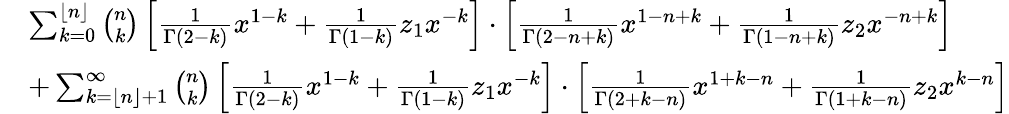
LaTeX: \begin{array}{rl}&{\sum_{k=0}^{\lfloor n\rfloor}\binom{n}{k}\left[\frac{1}{\Gamma(2-k)}x^{1-k}+\frac{1}{\Gamma(1-k)}z_{1}x^{-k}\right]\cdot\left[\frac{1}{\Gamma(2-n+k)}x^{1-n+k}+\frac{1}{\Gamma(1-n+k)}z_{2}x^{-n+k}\right]}\\ &{+\sum_{k=\lfloor n\rfloor+1}^{\infty}\binom{n}{k}\left[\frac{1}{\Gamma(2-k)}x^{1-k}+\frac{1}{\Gamma(1-k)}z_{1}x^{-k}\right]\cdot\left[\frac{1}{\Gamma(2+k-n)}x^{1+k-n}+\frac{1}{\Gamma(1+k-n)}z_{2}x^{k-n}\right]}\end{array}